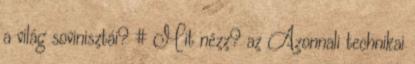
a világ sovinisztái? # Mit nézz? az Azonnali technikai